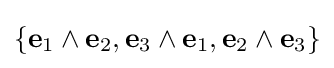
\{\mathbf {e} _{1}\wedge \mathbf {e} _{2},\mathbf {e} _{3}\wedge \mathbf {e} _{1},\mathbf {e} _{2}\wedge \mathbf {e} _{3}\}